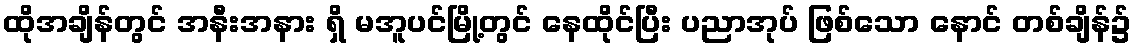
ထိုအချိန်တွင် အနီးအနား ရှိ မအူပင်မြို့တွင် နေထိုင်ပြီး ပညာအုပ် ဖြစ်သော နောင် တစ်ချိန်၌